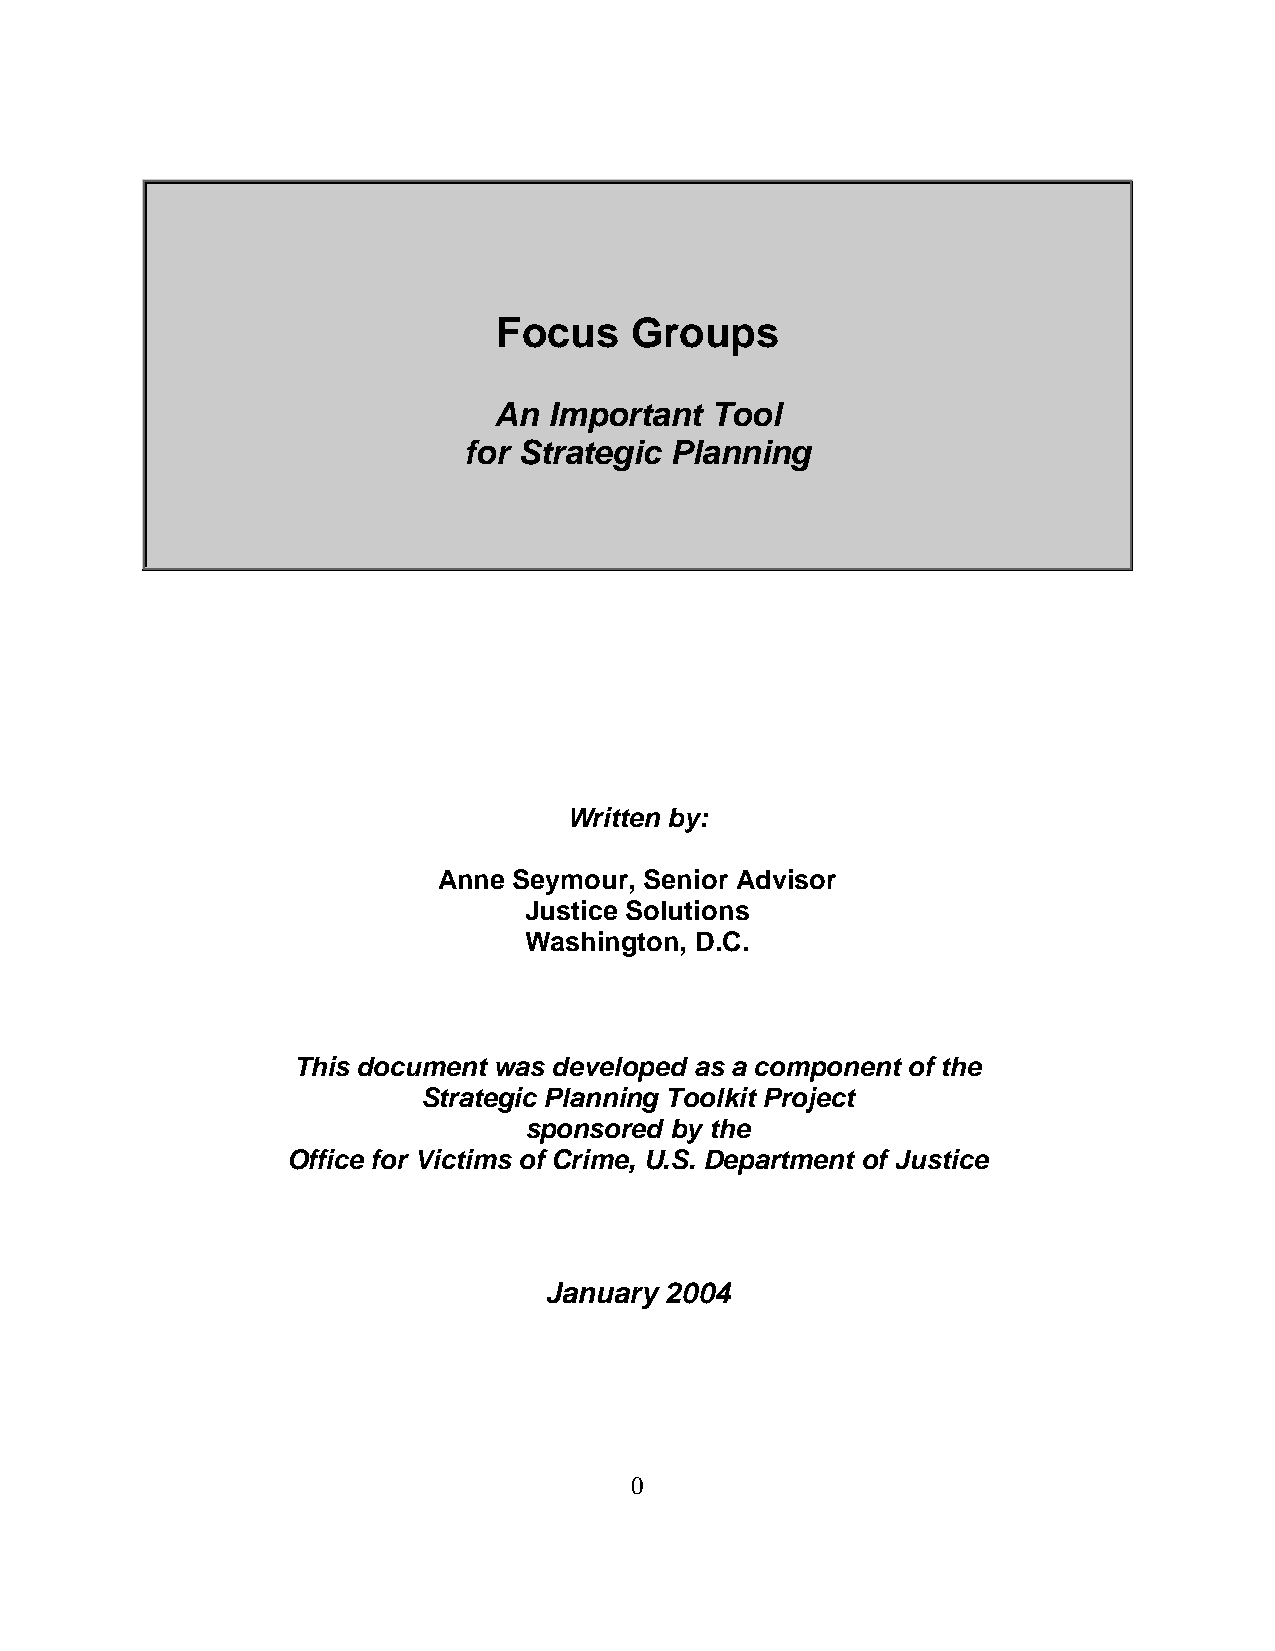
Focus    Groups
 An Important  Tool
 for Strategic Planning
 Written by:
 Anne Seymour, Senior Advisor
 Justice Solutions
 Washington, D.C.
 This document was developed as a component of the
 Strategic Planning Toolkit Project
 sponsored by the
 Office for Victims of Crime, U.S. Department of Justice
 January 2004
 0